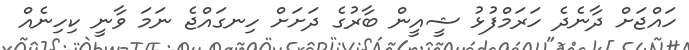
ހައްޖަށް ދާނެދެ ހަރަމްފުޅު ޝީއީން ބާރުގެ ދަށަށް ހިނގައްޖެ ނަމަ ވާނީ ކިހިނެއް